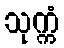
သုက္ကံ